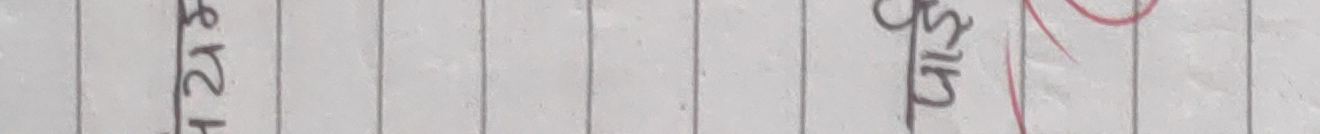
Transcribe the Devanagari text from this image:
कृपया Sir